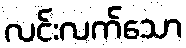
လင်းလက်သော